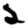
Digit: 2